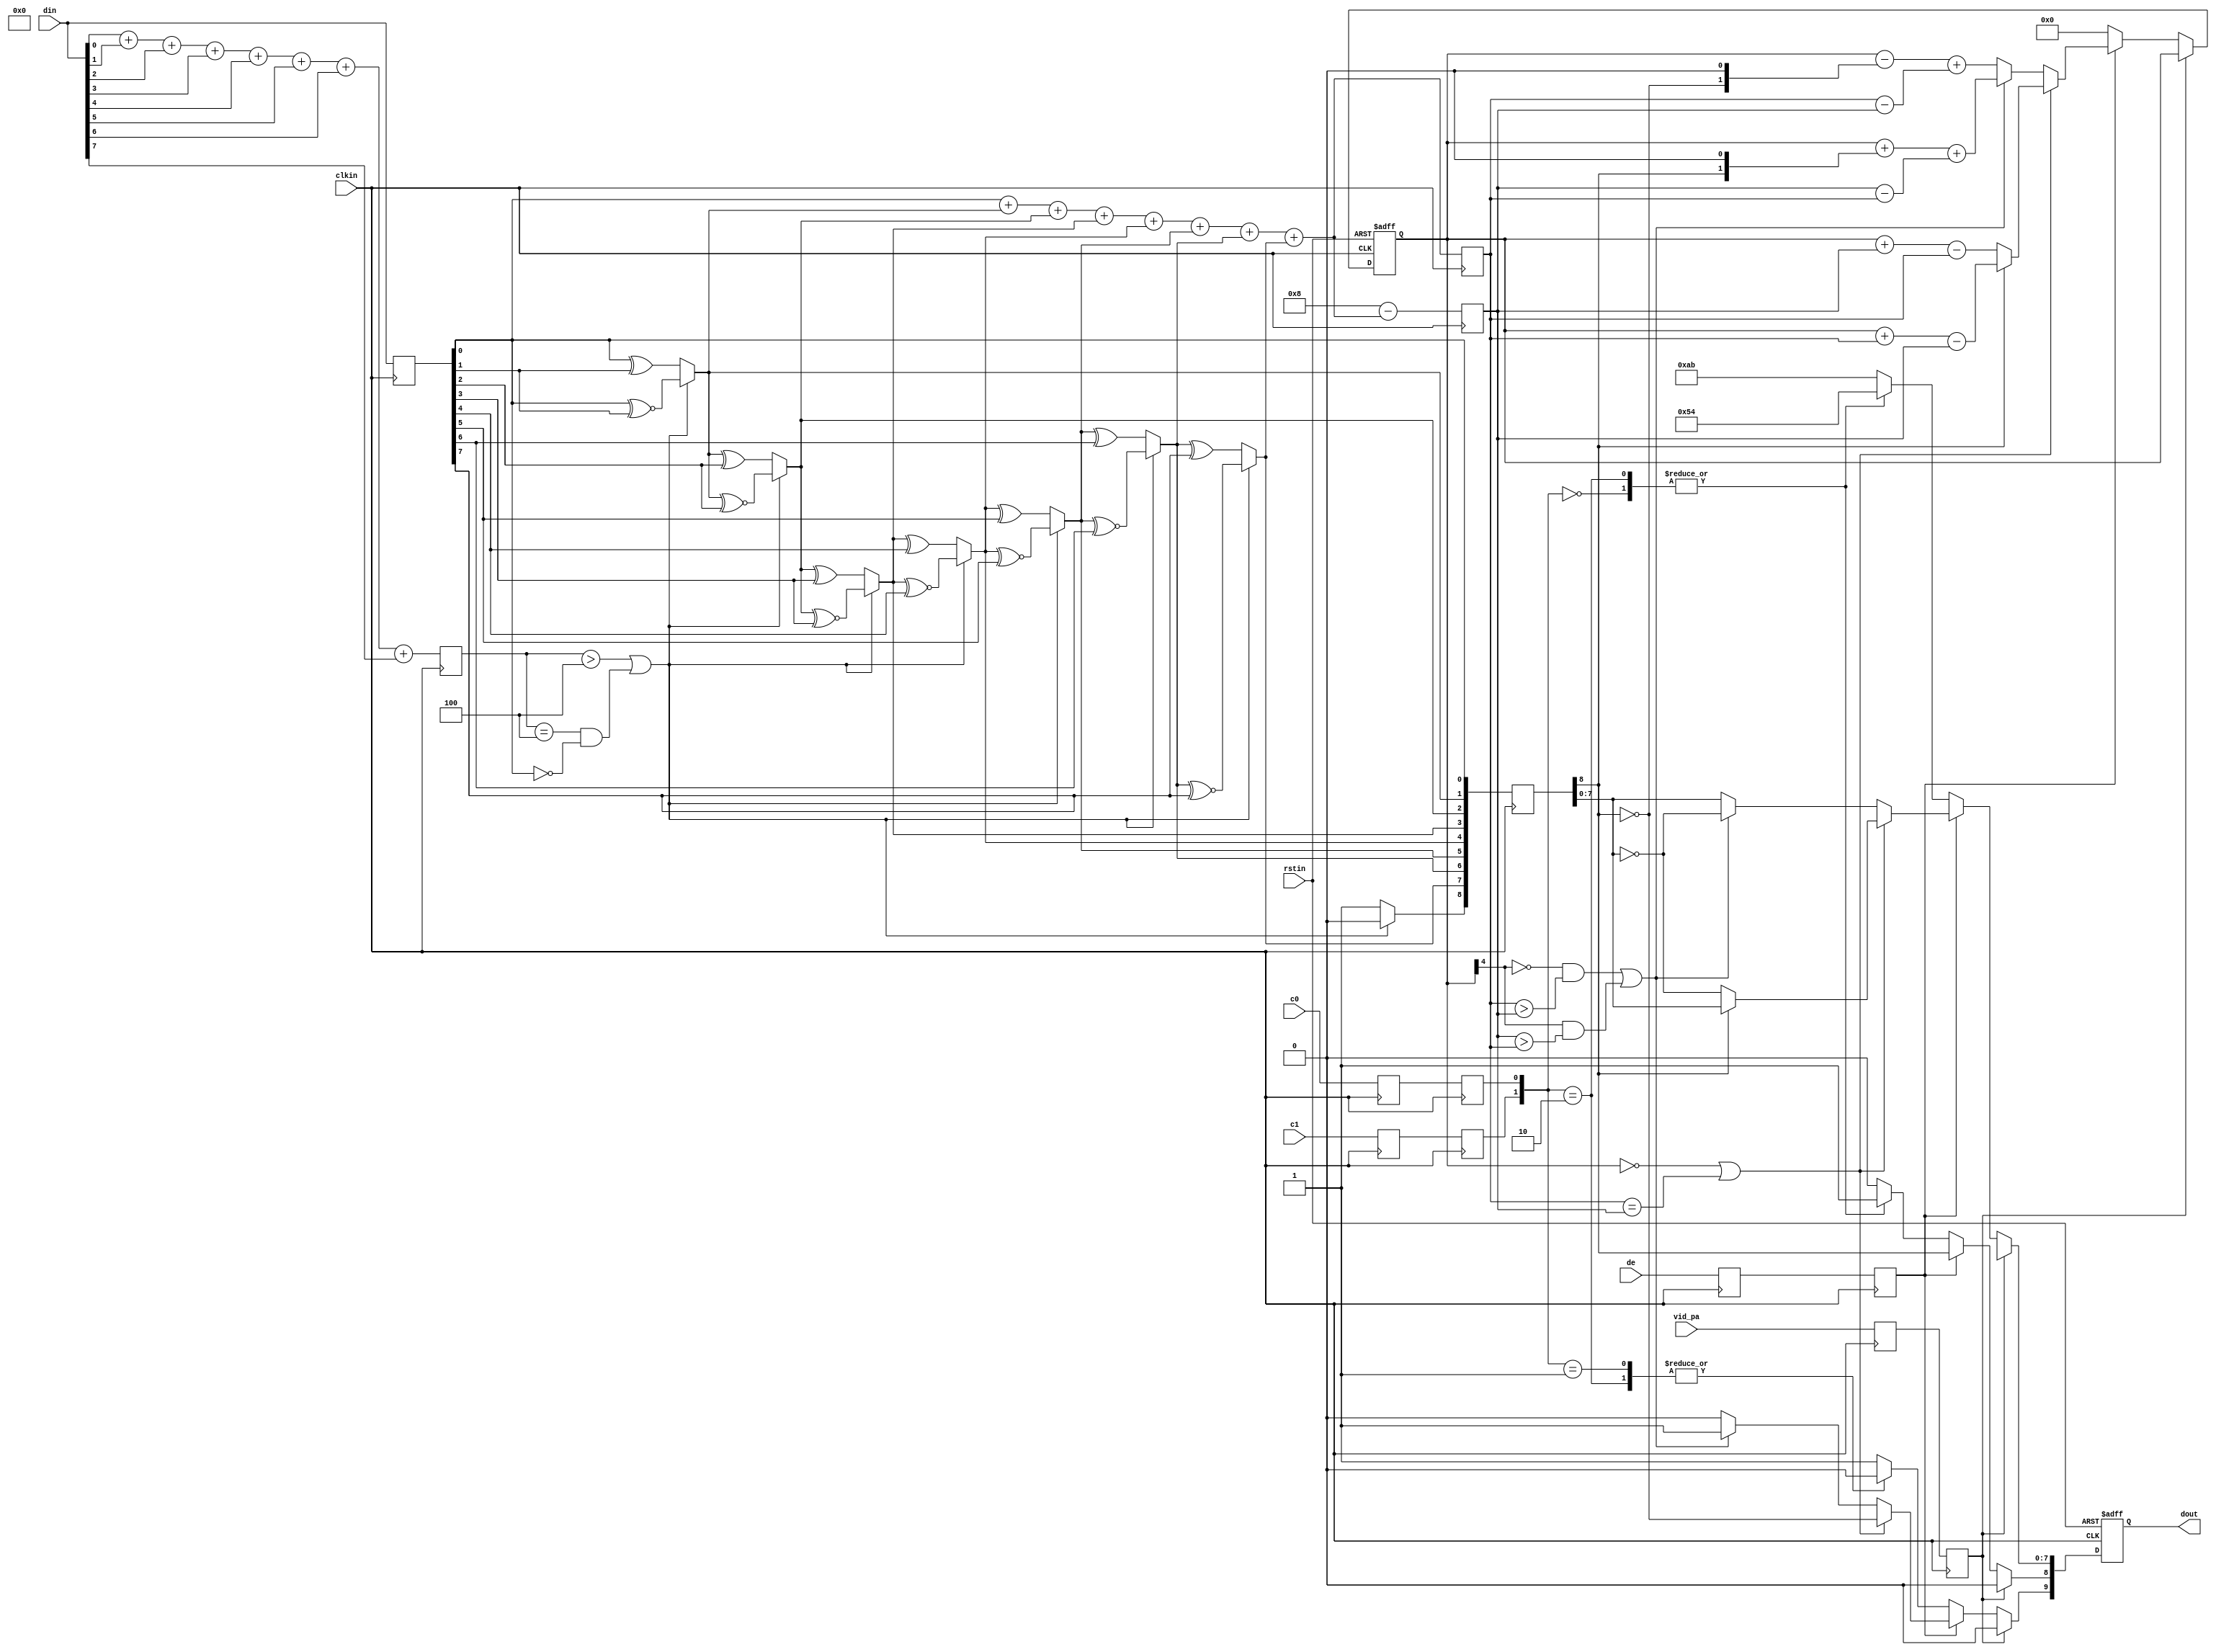
module encode (
  input            clkin,    // pixel clock input
  input            rstin,    // async. reset input (active high)
  input      [7:0] din,      // data inputs: expect registered
  input            c0,       // c0 input
  input            c1,       // c1 input
  input            de,       // de input
  output reg [9:0] dout,     // data outputs
  input            vid_pa    // video preamble encoding select
);

  ////////////////////////////////////////////////////////////
  // Counting number of 1s and 0s for each incoming pixel
  // component. Pipe line the result.
  // Register Data Input so it matches the pipe lined adder
  // output
  ////////////////////////////////////////////////////////////
  reg [3:0] n1d; //number of 1s in din
  reg [7:0] din_q;

  always @ (posedge clkin) begin
    n1d <=#1 din[0] + din[1] + din[2] + din[3] + din[4] + din[5] + din[6] + din[7];

    din_q <=#1 din;
  end

  ///////////////////////////////////////////////////////
  // Stage 1: 8 bit -> 9 bit
  // Refer to DVI 1.0 Specification, page 29, Figure 3-5
  ///////////////////////////////////////////////////////
  wire decision1;

  assign decision1 = (n1d > 4'h4) | ((n1d == 4'h4) & (din_q[0] == 1'b0));
/*
  reg [8:0] q_m;
  always @ (posedge clkin) begin
    q_m[0] <=#1 din_q[0];
    q_m[1] <=#1 (decision1) ? (q_m[0] ^~ din_q[1]) : (q_m[0] ^ din_q[1]);
    q_m[2] <=#1 (decision1) ? (q_m[1] ^~ din_q[2]) : (q_m[1] ^ din_q[2]);
    q_m[3] <=#1 (decision1) ? (q_m[2] ^~ din_q[3]) : (q_m[2] ^ din_q[3]);
    q_m[4] <=#1 (decision1) ? (q_m[3] ^~ din_q[4]) : (q_m[3] ^ din_q[4]);
    q_m[5] <=#1 (decision1) ? (q_m[4] ^~ din_q[5]) : (q_m[4] ^ din_q[5]);
    q_m[6] <=#1 (decision1) ? (q_m[5] ^~ din_q[6]) : (q_m[5] ^ din_q[6]);
    q_m[7] <=#1 (decision1) ? (q_m[6] ^~ din_q[7]) : (q_m[6] ^ din_q[7]);
    q_m[8] <=#1 (decision1) ? 1'b0 : 1'b1;
  end
*/
  wire [8:0] q_m;
  assign q_m[0] = din_q[0];
  assign q_m[1] = (decision1) ? (q_m[0] ^~ din_q[1]) : (q_m[0] ^ din_q[1]);
  assign q_m[2] = (decision1) ? (q_m[1] ^~ din_q[2]) : (q_m[1] ^ din_q[2]);
  assign q_m[3] = (decision1) ? (q_m[2] ^~ din_q[3]) : (q_m[2] ^ din_q[3]);
  assign q_m[4] = (decision1) ? (q_m[3] ^~ din_q[4]) : (q_m[3] ^ din_q[4]);
  assign q_m[5] = (decision1) ? (q_m[4] ^~ din_q[5]) : (q_m[4] ^ din_q[5]);
  assign q_m[6] = (decision1) ? (q_m[5] ^~ din_q[6]) : (q_m[5] ^ din_q[6]);
  assign q_m[7] = (decision1) ? (q_m[6] ^~ din_q[7]) : (q_m[6] ^ din_q[7]);
  assign q_m[8] = (decision1) ? 1'b0 : 1'b1;

  /////////////////////////////////////////////////////////
  // Stage 2: 9 bit -> 10 bit
  // Refer to DVI 1.0 Specification, page 29, Figure 3-5
  /////////////////////////////////////////////////////////
  reg [3:0] n1q_m, n0q_m; // number of 1s and 0s for q_m
  always @ (posedge clkin) begin
    n1q_m  <=#1 q_m[0] + q_m[1] + q_m[2] + q_m[3] + q_m[4] + q_m[5] + q_m[6] + q_m[7];
    n0q_m  <=#1 4'h8 - (q_m[0] + q_m[1] + q_m[2] + q_m[3] + q_m[4] + q_m[5] + q_m[6] + q_m[7]);
  end

  parameter CTRLTOKEN0 = 10'b1101010100;
  parameter CTRLTOKEN1 = 10'b0010101011;
  parameter CTRLTOKEN2 = 10'b0101010100;
  parameter CTRLTOKEN3 = 10'b1010101011;

  reg [4:0] cnt; //disparity counter, MSB is the sign bit
  wire decision2, decision3;

  assign decision2 = (cnt == 5'h0) | (n1q_m == n0q_m);
  /////////////////////////////////////////////////////////////////////////
  // [(cnt > 0) and (N1q_m > N0q_m)] or [(cnt < 0) and (N0q_m > N1q_m)]
  /////////////////////////////////////////////////////////////////////////
  assign decision3 = (~cnt[4] & (n1q_m > n0q_m)) | (cnt[4] & (n0q_m > n1q_m));

  ////////////////////////////////////
  // pipe line alignment
  ////////////////////////////////////
  reg       de_q, de_reg;
  reg       c0_q, c1_q;
  reg       c0_reg, c1_reg;
  reg [8:0] q_m_reg;
  reg 	    vid_pa_q, vid_pa_reg;
   

  always @ (posedge clkin) begin
    de_q    <=#1 de;
    de_reg  <=#1 de_q;
    
    c0_q    <=#1 c0;
    c0_reg  <=#1 c0_q;
    c1_q    <=#1 c1;
    c1_reg  <=#1 c1_q;

    q_m_reg <=#1 q_m;

     vid_pa_q <=#1 vid_pa;
     vid_pa_reg <=#1 vid_pa_q;
  end

  ///////////////////////////////
  // 10-bit out
  // disparity counter
  ///////////////////////////////
   always @ (posedge clkin or posedge rstin) begin
      if(rstin) begin
	 dout <= 10'h0;
	 cnt <= 5'h0;
      end else begin
	 if(vid_pa_reg) begin
	     // video preamble coding
	    dout[9:0] <= DNU;  // this code shouldn't be used
	    // branch encode into rgb specific lines, since hdmi spec
	    // puts different code on each
	    // don't make it dynamically selectable because it will add logic
	    // to a critical path. Less maintainable to do it with separate encoders
	    // for each path, but on the other hand it makes the compiler's job easier
	    // to optimize each unit.
	 end else begin
	    if (de_reg) begin
               if(decision2) begin
		  dout[9]   <=#1 ~q_m_reg[8]; 
		  dout[8]   <=#1 q_m_reg[8]; 
		  dout[7:0] <=#1 (q_m_reg[8]) ? q_m_reg[7:0] : ~q_m_reg[7:0];
		  
		  cnt <=#1 (~q_m_reg[8]) ? (cnt + n0q_m - n1q_m) : (cnt + n1q_m - n0q_m);
               end else begin
		  if(decision3) begin
		     dout[9]   <=#1 1'b1;
		     dout[8]   <=#1 q_m_reg[8];
		     dout[7:0] <=#1 ~q_m_reg[7:0];
		     
		     cnt <=#1 cnt + {q_m_reg[8], 1'b0} + (n0q_m - n1q_m);
		  end else begin
		     dout[9]   <=#1 1'b0;
		     dout[8]   <=#1 q_m_reg[8];
		     dout[7:0] <=#1 q_m_reg[7:0];
		     
		     cnt <=#1 cnt - {~q_m_reg[8], 1'b0} + (n1q_m - n0q_m);
		  end
               end
	    end else begin
               case ({c1_reg, c0_reg})
		 2'b00:   dout <=#1 CTRLTOKEN0;
		 2'b01:   dout <=#1 CTRLTOKEN1;
		 2'b10:   dout <=#1 CTRLTOKEN2;
		 default: dout <=#1 CTRLTOKEN3;
               endcase
	       
               cnt <=#1 5'h0;
	    end // else: !if(de_reg)
	 end // if (vid_pa)
      end // else: !if(rstin)
   end // always @ (posedge clkin or posedge rstin)
   
   
endmodule